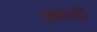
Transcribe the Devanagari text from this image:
प्रशंशकों